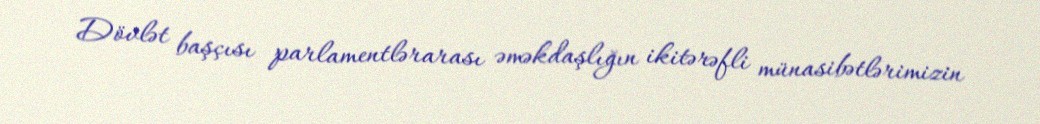
Dövlət başçısı parlamentlərarası əməkdaşlığın ikitərəfli münasibətlərimizin